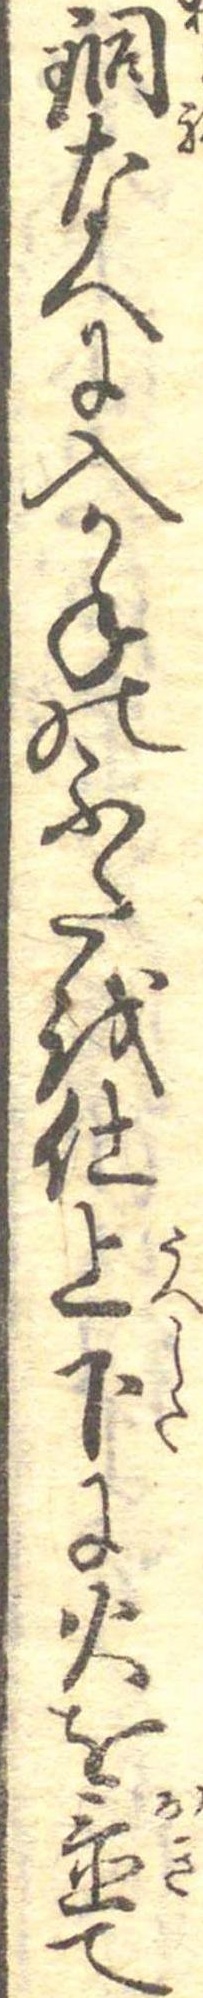
銅なへに入かねのふたを仕上下に火を置て